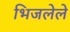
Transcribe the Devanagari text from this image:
भिजलेले